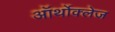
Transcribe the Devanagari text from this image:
ऑर्थोक्लेज